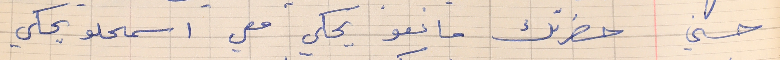
حسني      حضرتك مانعو يحكي معي اسمحلو يحكي